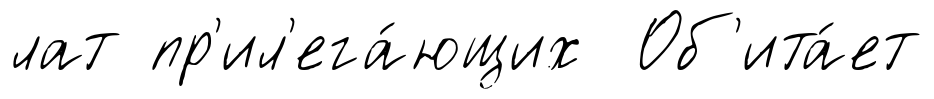
лат пр'ил'ега́ющих Об'ита́ет